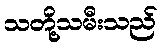
သတို့သမီးသည်